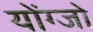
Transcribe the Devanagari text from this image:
योंग्जो